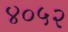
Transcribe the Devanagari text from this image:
४०५२